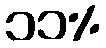
၁၁%